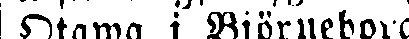
Otawa i Björneborg.